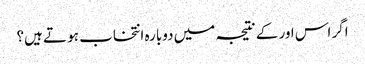
اگر اس اور کے نتیجہ میں دوبارہ انتخاب ہو تے ہیں؟